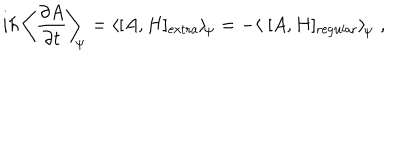
i \hbar \, \left\langle \frac { \partial A } { \partial t } \right\rangle _ { \scriptstyle \! \! \Psi } = \left\langle [ A , H ] _ { \mathrm { e x t r a } } \right\rangle _ { \scriptstyle \! \Psi } = - \left\langle \; [ A , H ] _ { \mathrm { r e g u l a r } } \right\rangle _ { \scriptstyle \! \Psi } \; ,